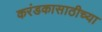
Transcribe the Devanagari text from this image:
करंडकासाठीच्या